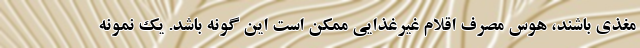
مغذی باشند، هوس مصرف اقلام غیرغذایی ممکن است این گونه باشد. یک نمونه